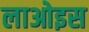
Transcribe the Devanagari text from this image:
लाओइस